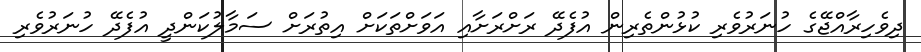
ދިވެހިރާއްޖޭގެ ހުނަރުވެރި ކުޅުންތެރިން އުފެދޭ ރަށްރަށާއި އަވަށްތަކަށް އިތުރަށް ސަމާލުކަންދީ އުފެދޭ ހުނަރުވެރި